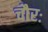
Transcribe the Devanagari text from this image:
चौरः